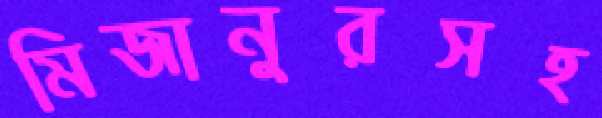
মিজানুরসহ